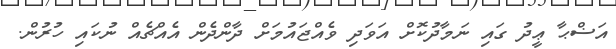
އަޟްޙާ ޢީދު ގައި ނަމާދުކޮށް އަވަދި ވެއްޖައުމަށް ދާންދެން އެއްޗެއް ނުކައި ހުރުން.